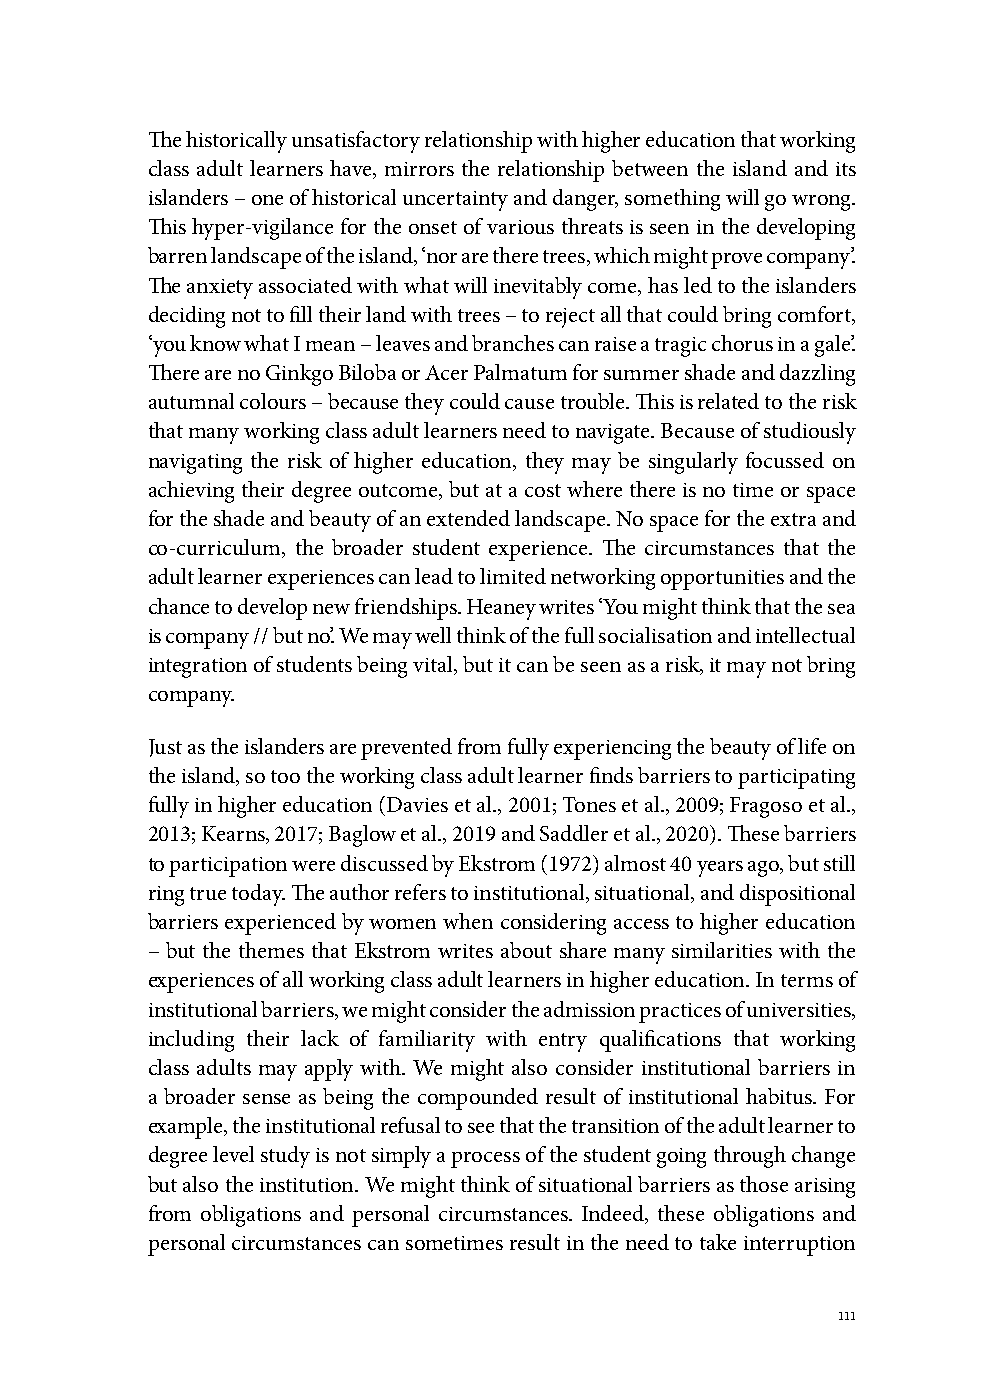
The historically unsatisfactory relationship with higher education that working
 class adult learners have, mirrors the relationship between the island and its
 islanders – one of historical uncertainty and danger, something will go wrong.
 This hyper-vigilance for the onset of various threats is seen in the developing
 barren landscape of the island, ‘nor are there trees, which might prove company’.
 The anxiety associated with what will inevitably come, has led to the islanders
 deciding not to fill their land with trees – to reject all that could bring comfort,
 ‘you know what I mean – leaves and branches can raise a tragic chorus in a gale’.
 There are no Ginkgo Biloba or Acer Palmatum for summer shade and dazzling
 autumnal colours – because they could cause trouble. This is related to the risk
 that many working class adult learners need to navigate. Because of studiously
 navigating the risk of higher education, they may be singularly focussed on
 achieving their degree outcome, but at a cost where there is no time or space
 for the shade and beauty of an extended landscape. No space for the extra and
 co-curriculum, the broader student experience. The circumstances that the
 adult learner experiences can lead to limited networking opportunities and the
 chance to develop new friendships. Heaney writes ‘You might think that the sea
 is company // but no’. We may well think of the full socialisation and intellectual
 integration of students being vital, but it can be seen as a risk, it may not bring
 company.
 Just as the islanders are prevented from fully experiencing the beauty of life on
 the island, so too the working class adult learner finds barriers to participating
 fully in higher education (Davies et al., 2001; Tones et al., 2009; Fragoso et al.,
 2013; Kearns, 2017; Baglow et al., 2019 and Saddler et al., 2020). These barriers
 to participation were discussed by Ekstrom (1972) almost 40 years ago, but still
 ring true today. The author refers to institutional, situational, and dispositional
 barriers experienced by women when considering access to higher education
 – but the themes that Ekstrom writes about share many similarities with the
 experiences of all working class adult learners in higher education. In terms of
 institutional barriers, we might consider the admission practices of universities,
 including their lack of familiarity with entry qualifications that working
 class adults may apply with. We might also consider institutional barriers in
 a broader sense as being the compounded result of institutional habitus. For
 example, the institutional refusal to see that the transition of the adult learner to
 degree level study is not simply a process of the student going through change
 but also the institution. We might think of situational barriers as those arising
 from obligations and personal circumstances. Indeed, these obligations and
 personal circumstances can sometimes result in the need to take interruption
 111